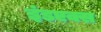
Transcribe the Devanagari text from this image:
इंडएक्स